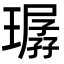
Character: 㻵